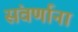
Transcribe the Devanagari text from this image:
संवर्णाना